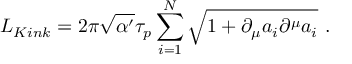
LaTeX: { \cal L } _ { K i n k } = 2 \pi \sqrt { \alpha ^ { \prime } } \tau _ { p } \sum _ { i = 1 } ^ { N } \sqrt { 1 + \partial _ { \mu } a _ { i } \partial ^ { \mu } a _ { i } } \ .